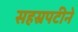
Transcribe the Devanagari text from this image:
सहस्रपटीने